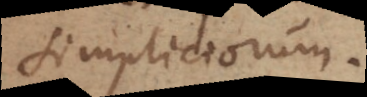
simpliciorum.